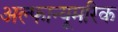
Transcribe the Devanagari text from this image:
अल्फान्यूमरिक